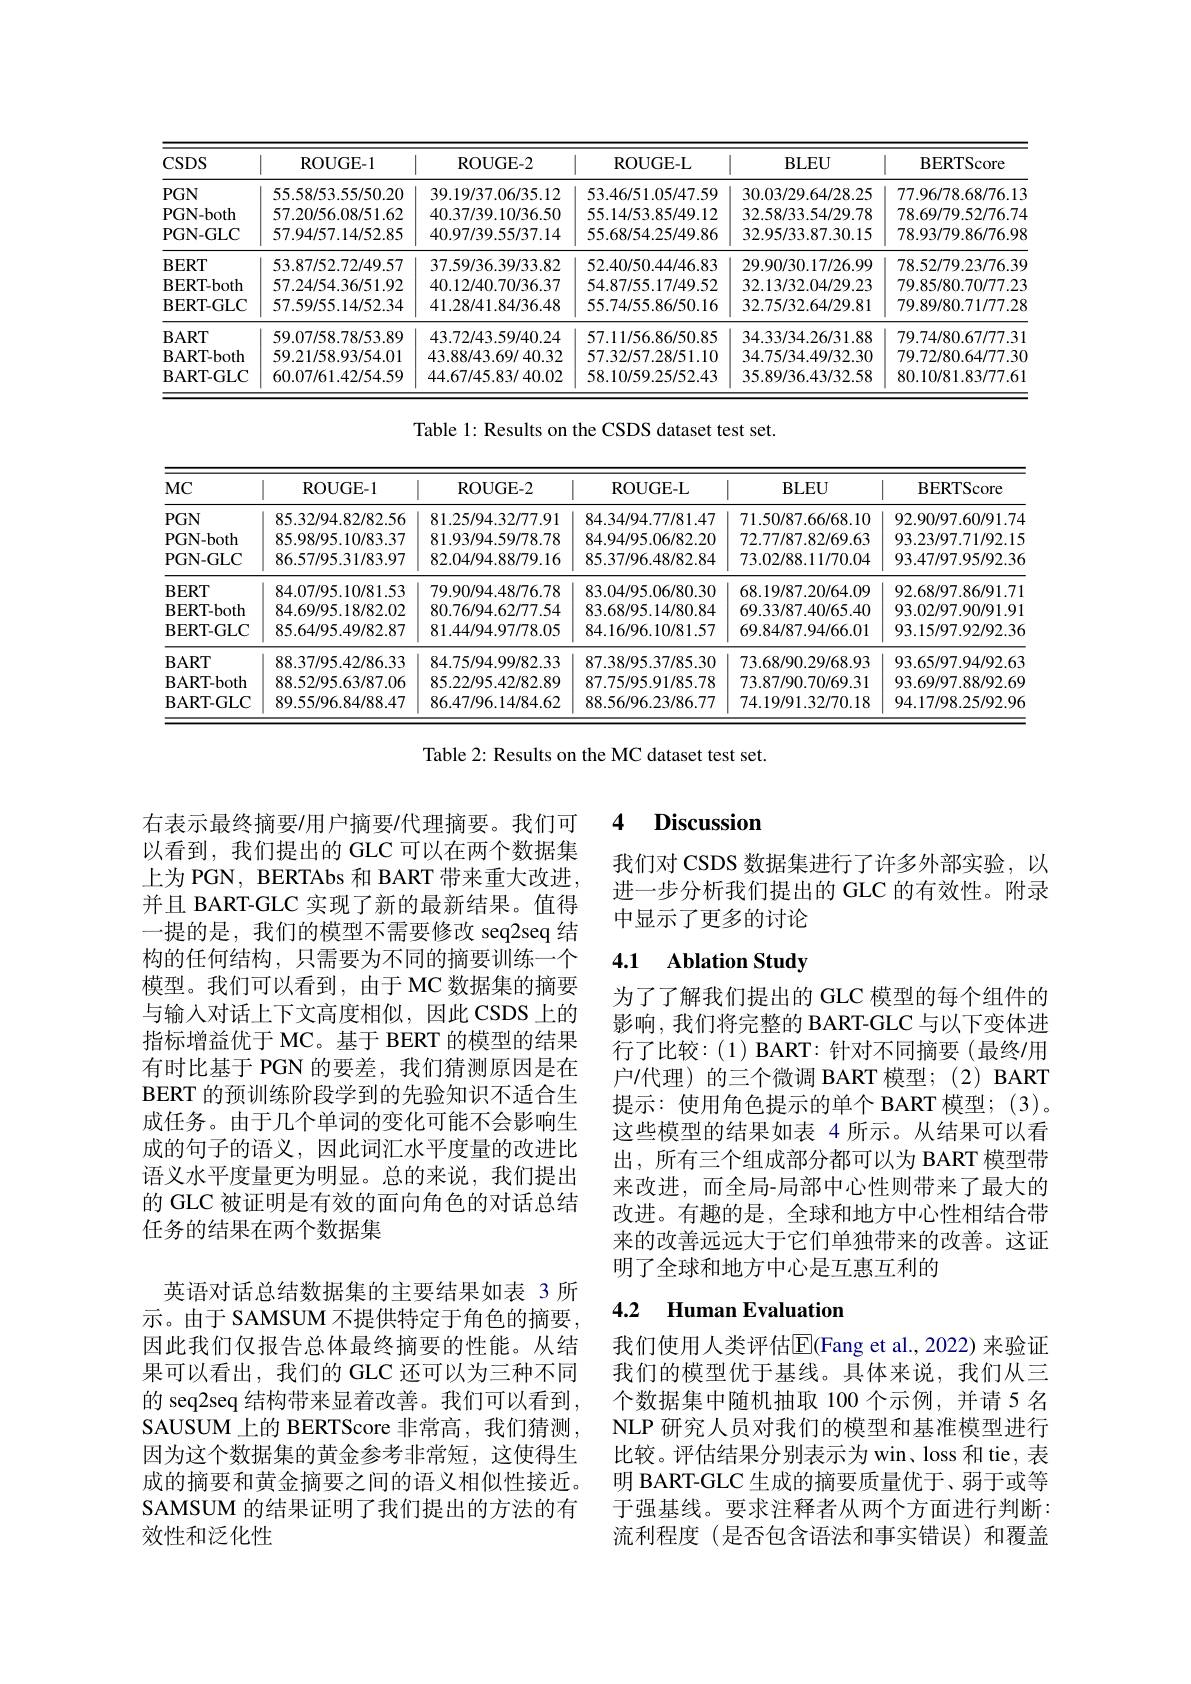
<table>
	<tbody>
		<tr>
			<th>$CSDS$</th>
			<th>ROUGE-1</th>
			<th>ROUGE- 2</th>
			<th>ROUGE- L</th>
			<th>$\mathbf{BLEU}$</th>
			<th>BERTScore</th>
		</tr>
		<tr>
			<td>$PGN$</td>
			<td>55.58/53.55/50.20</td>
			<td>39.19/37.06/35.12</td>
			<td>53.46/51.05/47.59</td>
			<td>30.03/29.64/28.25</td>
			<td>77.96/78.68/76.13</td>
		</tr>
		<tr>
			<td>PGN- both</td>
			<td>57.20/56.08/51.62</td>
			<td>40.37/39.10/36.50</td>
			<td>55.14/53.85/49.12</td>
			<td>32.58/33.54/29.78</td>
			<td>78.69/79.52/76.74</td>
		</tr>
		<tr>
			<td>PGN- GLC</td>
			<td>57.94/57.14/52.85</td>
			<td>40.97/39.55/37.14</td>
			<td>55.68/54.25/49.86</td>
			<td>32.95/33.87.30.15</td>
			<td>78.93/79.86/76.98</td>
		</tr>
		<tr>
			<td>$\mathbf{BERT}$</td>
			<td>53.87/52.72/49.57</td>
			<td>37.59/36.39/33.82</td>
			<td>52.40/50.44/46.83</td>
			<td>29.90/30.17/26.99</td>
			<td>78.52/79.23/76.39</td>
		</tr>
		<tr>
			<td>BERT- both</td>
			<td>57.24/54.36/51.92</td>
			<td>40.12/40.70/36.37</td>
			<td>54.87/55.17/49.52</td>
			<td>32.13/32.04/29.23</td>
			<td>79.85/80.70/77.23</td>
		</tr>
		<tr>
			<td>BERT- GLC</td>
			<td>57.59/55.14/52.34</td>
			<td>41.28/41.84/36.48</td>
			<td>55.74/55.86/50.16</td>
			<td>32.75/32.64/29.81</td>
			<td>79.89/80.71/77.28</td>
		</tr>
		<tr>
			<td>$\mathbf{BART}$</td>
			<td>59.07/58.78/53.89</td>
			<td>43.72/43.59/40.24</td>
			<td>57.11/56.86/50.85</td>
			<td>34.33/34.26/31.88</td>
			<td>79.74/80.67/77.31</td>
		</tr>
		<tr>
			<td>BART- both</td>
			<td>59.21/58.93/54.01</td>
			<td>43.88/43.69/40.32</td>
			<td>57.32/57.28/51.10</td>
			<td>34.75/34.49/32.30</td>
			<td>79.72/80.64/77.30</td>
		</tr>
		<tr>
			<td>BART- GLC</td>
			<td>60.07/61.42/54.59</td>
			<td>44.67/45.83/40.02</td>
			<td>58.10/59.25/52.43</td>
			<td>35.89/36.43/32.58</td>
			<td>80.10/81.83/77.61</td>
		</tr>
	</tbody>
</table>

Table 1: Results on the CSDS dataset test set.

<table>
	<tbody>
		<tr>
			<th>$MC$</th>
			<th>ROUGE-1</th>
			<th>ROUGE- 2</th>
			<th>ROUGE- L</th>
			<th>$\mathbf{BLEU}$</th>
			<th>BERTScore</th>
		</tr>
		<tr>
			<td>$PGN$</td>
			<td>85.32/94.82/82.56</td>
			<td>81.25/94.32/77.91</td>
			<td>84.34/94.77/81.47</td>
			<td>71.50/87.66/68.10</td>
			<td>92.90/97.60/91.74</td>
		</tr>
		<tr>
			<td>PGN- both</td>
			<td>85.98/95.10/83.37</td>
			<td>81.93/94.59/78.78</td>
			<td>84.94/95.06/82.20</td>
			<td>72.77/87.82/69.63</td>
			<td>93.23/97.71/92.15</td>
		</tr>
		<tr>
			<td>PGN- GLC</td>
			<td>86.57/95.31/83.97</td>
			<td>82.04/94.88/79.16</td>
			<td>85.37/96.48/82.84</td>
			<td>73.02/88.11/70.04</td>
			<td>93.47/97.95/92.36</td>
		</tr>
		<tr>
			<td>BERT</td>
			<td>84.07/95.10/81.53</td>
			<td>79.90/94.48/76.78</td>
			<td>83.04/95.06/80.30</td>
			<td>68.19/87.20/64.09</td>
			<td>92.68/97.86/91.71</td>
		</tr>
		<tr>
			<td>BERT- both</td>
			<td>84.69/95.18/82.02</td>
			<td>80.76/94.62/77.54</td>
			<td>83.68/95.14/80.84</td>
			<td>69.33/87.40/65.40</td>
			<td>93.02/97.90/91.91</td>
		</tr>
		<tr>
			<td>BERT- GLC</td>
			<td>85.64/95.49/82.87</td>
			<td>81.44/94.97/78.05</td>
			<td>84.16/96.10/81.57</td>
			<td>69.84/87.94/66.01</td>
			<td>93.15/97.92/92.36</td>
		</tr>
		<tr>
			<td>$\mathbf{BART}$</td>
			<td>88.37/95.42/86.33</td>
			<td>84.75/94.99/82.33</td>
			<td>87.38/95.37/85.30</td>
			<td>73.68/90.29/68.93</td>
			<td>93.65/97.94/92.63</td>
		</tr>
		<tr>
			<td>BART- both</td>
			<td>88.52/95.63/87.06</td>
			<td>85.22/95.42/82.89</td>
			<td>87.75/95.91/85.78</td>
			<td>73.87/90.70/69.31</td>
			<td>93.69/97.88/92.69</td>
		</tr>
		<tr>
			<td>BART- GLC</td>
			<td>89.55/96.84/88.47</td>
			<td>86.47/96.14/84.62</td>
			<td>88.56/96.23/86.77</td>
			<td>74.19/91.32/70.18</td>
			<td>94.17/98.25/92.96</td>
		</tr>
	</tbody>
</table>

Table 2: Results on the MC dataset test set.

### 4 $\textbf{Discussion}$

我们对 CSDS 数据集进行了许多外部实验，以进一步分析我们提出的 GLC 的有效性。附录中显示了更多的讨论

## 4.1 Ablation Study

为了了解我们提出的 GLC 模型的每个组件的影响，我们将完整的 BART-GLC 与以下变体进行了比较：(1) BART: 针对不同摘要(最终/用户/代理) 的三个微调 BART 模型；(2) BART 提示：使用角色提示的单个 BART 模型；(3)。这些模型的结果如表 4 所示。从结果可以看出，所有三个组成部分都可以为 BART 模型带来改进，而全局-局部中心性则带来了最大的改进。有趣的是，全球和地方中心性相结合带来的改善远远大于它们单独带来的改善。这证明了全球和地方中心是互惠互利的

右表示最终摘要/用户摘要/代理摘要。我们可以看到，我们提出的 GLC 可以在两个数据集上为 PGN, BERTAbs 和 BART 带来重大改进并且 BART-GLC 实现了新的最新结果。值得一提的是，我们的模型不需要修改 seq2seq 结构的任何结构，只需要为不同的摘要训练一个模型。我们可以看到，由于 MC 数据集的摘要与输入对话上下文高度相似，因此 CSDS 上的指标增益优于 MC。基于 BERT 的模型的结果有时比基于 PGN 的要差，我们猜测原因是在BERT 的预训练阶段学到的先验知识不适合生成任务。由于几个单词的变化可能不会影响生成的句子的语义，因此词汇水平度量的改进比语义水平度量更为明显。总的来说，我们提出的 GLC 被证明是有效的面向角色的对话总结任务的结果在两个数据集
英语对话总结数据集的主要结果如表 3 所示。由于 SAMSUM 不提供特定于角色的摘要， 因此我们仅报告总体最终摘要的性能。从结果可以看出，我们的 GLC 还可以为三种不同的 seq2seq 结构带来显着改善。我们可以看到， SAUSUM 上的 BERTScore 非常高，我们猜测$s$ 因为这个数据集的黄金参考非常短，这使得生成的摘要和黄金摘要之间的语义相似性接近。SAMSUM 的结果证明了我们提出的方法的有效性和泛化性

# 4.2 Human Evaluation

我们使用人类评估$\mathbb{E}$(Fang et al.,2022)来验证我们的模型优于基线。具体来说，我们从三个数据集中随机抽取 100 个示例，并请 5 名NLP 研究人员对我们的模型和基准模型进行比较。评估结果分别表示为 win、loss 和 tie, 表明 BART-GLC 生成的摘要质量优于、弱于或等于强基线。要求注释者从两个方面进行判断： 流利程度(是否包含语法和事实错误)和覆盖